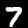
Label: 7